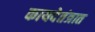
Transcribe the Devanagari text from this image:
कायदेतंत्रात